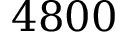
4 8 0 0